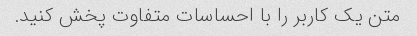
متن یک کاربر را با احساسات متفاوت پخش کنید.